Annual report of the Punjab Veterinary College and of the Civil Veterinary Department, Punjab - 1926-1932
Year: 1926
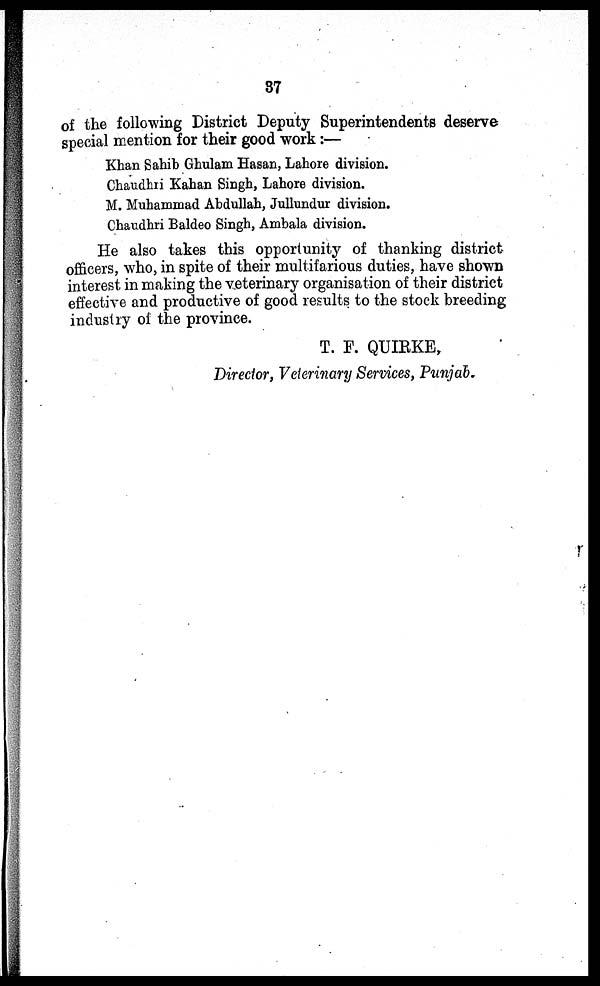
37
of the following District Deputy Superintendents deserve
special mention for their good work:—
Khan Sahib Ghulam Hasan, Lahore division.
Chaudhri Kahan Singh, Lahore division.
M. Muhammad Abdullah, Jullundur division.
Chaudhri Baldeo Singh, Ambala division.
He also takes this opportunity of thanking district
officers, who, in spite of their multifarious duties, have shown
interest in making the veterinary organisation of their district
effective and productive of good results to the stock breeding
industry of the province.
T. F. QUIRKE,
Director, Veterinary Services, Punjab.